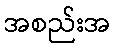
အစည်းအ